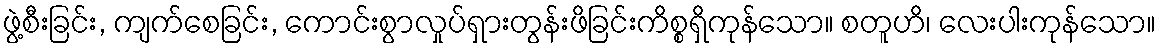
ဖွဲ့စီးခြင်း, ကျက်စေခြင်း, ကောင်းစွာလှုပ်ရှားတွန်းဖိခြင်းကိစ္စရှိကုန်သော။ စတူဟိ၊ လေးပါးကုန်သော။